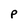
Character: P